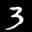
Digit: 3